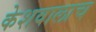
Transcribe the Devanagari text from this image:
केशवालाच